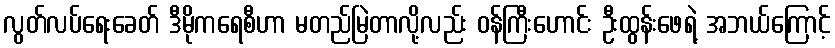
လွတ်လပ်ရေးခေတ် ဒီမိုကရေစီဟာ မတည်မြဲတာလို့လည်း ဝန်ကြီးဟောင်း ဦးထွန်းဖေရဲ့ အဘယ်ကြောင့်